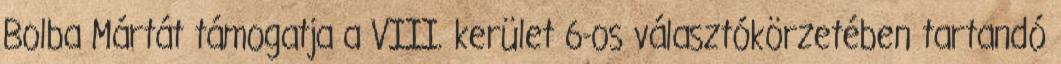
Bolba Mártát támogatja a VIII. kerület 6-os választókörzetében tartandó